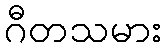
ဂီတသမား